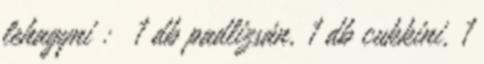
lehagyni : 1 db padlizsán, 1 db cukkini, 1